Civil Veterinary Department. Central Provinces & Berar 1932-41 - 1932-1941
Year: 1932
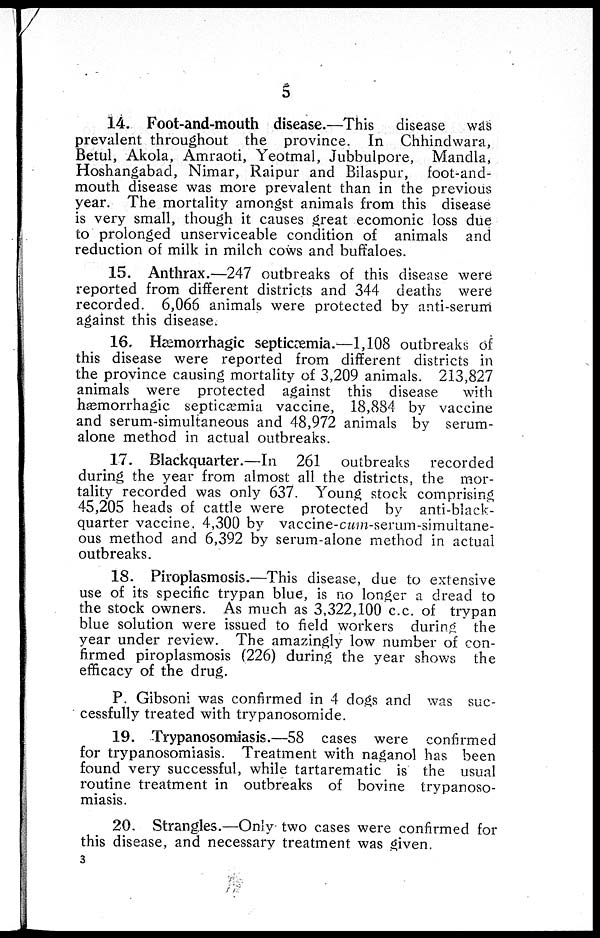
5
14. Foot-and-mouth disease.—This disease was
prevalent throughout the province. In Chhindwara,
Betul, Akola, Amraoti, Yeotmal, Jubbulpore, Mandla,
Hoshangabad, Nimar, Raipur and Bilaspur, foot-and-
mouth disease was more prevalent than in the previous
year. The mortality amongst animals from this disease
is very small, though it causes great ecomonic loss due
to prolonged unserviceable condition of animals and
reduction of milk in milch cows and buffaloes.
15. Anthrax.—247 outbreaks of this disease were
reported from different districts and 344 deaths were
recorded. 6,066 animals were protected by anti-serum
against this disease.
16. Hæmorrhagic septicæmia.—1,108 outbreaks of
this disease were reported from different districts in
the province causing mortality of 3,209 animals. 213,827
animals were protected against this disease
with
hæmorrhagic septicæmia vaccine, 18,884 by vaccine
and serum-simultaneous and 48,972 animals by serum-
alone method in actual outbreaks.
17. Blackquarter.—In 261 outbreaks recorded
during the year from almost all the districts, the mor-
tality recorded was only 637. Young stock comprising
45,205 heads of cattle were protected by anti-black-
quarter vaccine, 4,300 by vaccine-cum-serum-simultane-
ous method and 6,392 by serum-alone method in actual
outbreaks.
18. Piroplasmosis.—This disease, due to extensive
use of its specific trypan blue, is no longer a dread to
the stock owners. As much as 3,322,100 c.c. of trypan
blue solution were issued to field workers during the
year under review. The amazingly low number of con-
firmed piroplasmosis (226) during the year shows the
efficacy of the drug.
P. Gibsoni was confirmed in 4 dogs and was suc-
cessfully treated with trypanosomide.
19. Trypanosomiasis.—58 cases were confirmed
for trypanosomiasis. Treatment with naganol has been
found very successful, while tartarematic is the usual
routine treatment in outbreaks of bovine trypanoso-
miasis.
20. Strangles.—Only two cases were confirmed for
this disease, and necessary treatment was given.
3